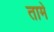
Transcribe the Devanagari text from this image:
तामे